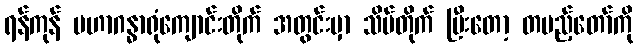
ရန်ကုန် မဟာဂန္ဓာရုံကျောင်းတိုက် အတွင်းမှာ သိမ်တိုက် ပြီးတော့ တပည့်တော်ကို